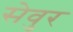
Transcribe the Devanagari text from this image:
सेवुर